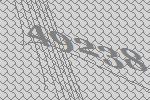
49238